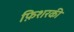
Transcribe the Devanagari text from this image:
फ़िशरकी